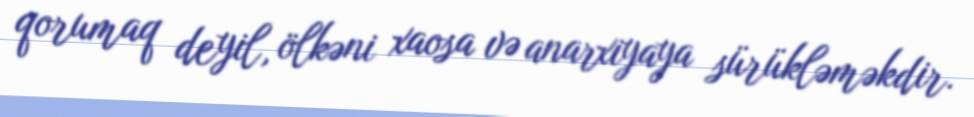
qorumaq deyil, ölkəni xaosa və anarxiyaya sürükləməkdir.